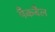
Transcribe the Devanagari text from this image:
पैकबैल